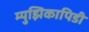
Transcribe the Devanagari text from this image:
म्युझिकापिडी